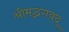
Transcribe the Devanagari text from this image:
श्रीमद्भगवद्